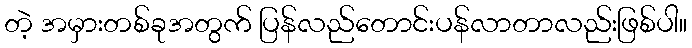
တဲ့ အမှားတစ်ခုအတွက် ပြန်လည်တောင်းပန်လာတာလည်းဖြစ်ပါ။